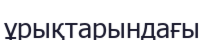
ұрықтарындағы